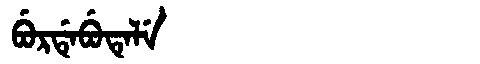
Manchu: ᠪᡠᡵᡩᡝᠪᡠᡨᡝᠯᡝ
Romanization: BURDEBUTELE